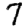
Digit: 7